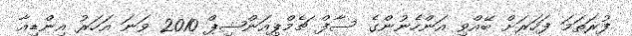
ފުރަތަމަ ފަހަރަށް ބޭއްވި އަންހެނުންގެ ސާފް ޗެމްޕިއަންޝިޕް 2010 ވަނަ އަހަރު އިންޑިއާ